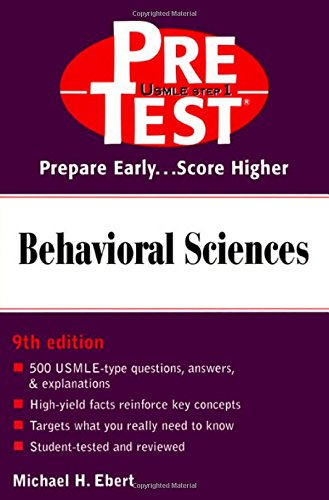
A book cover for Behavioral Sciences: PreTest Self-Assessment and Review; Michael H. Ebert; Medical Books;